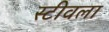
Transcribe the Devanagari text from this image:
स्टीवला